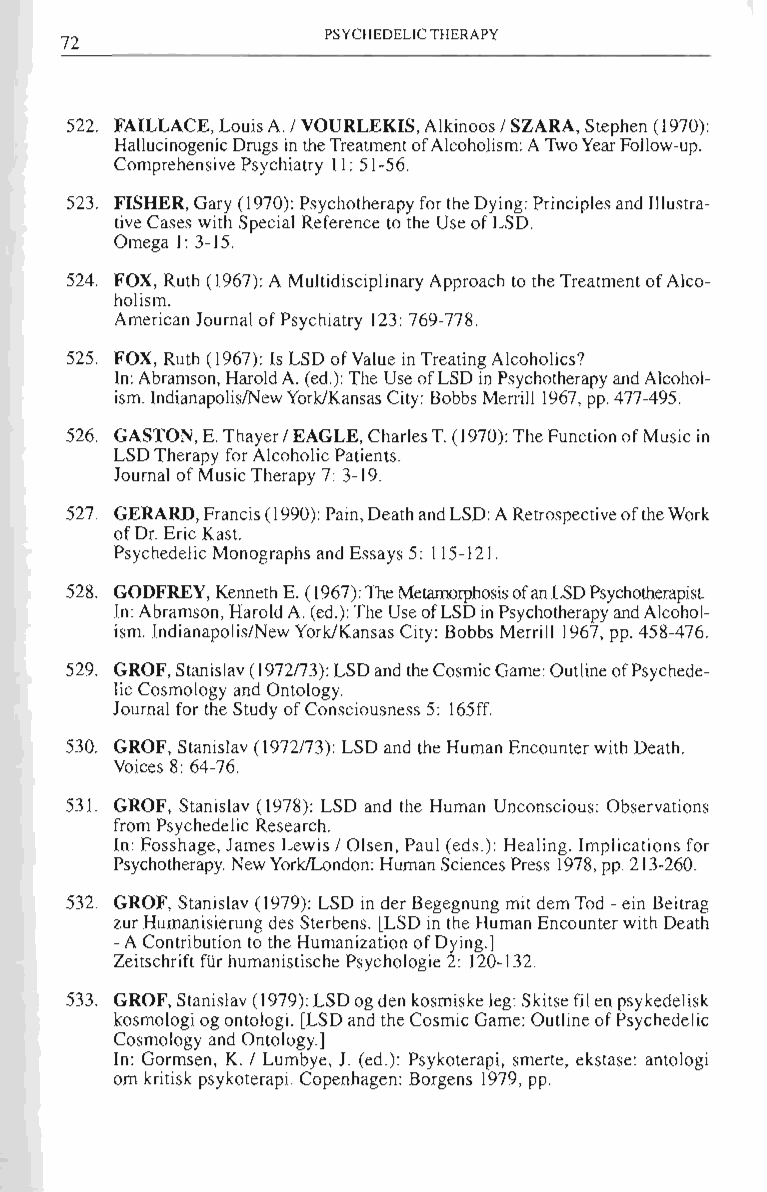
PSYCHEDELIC THERAPY
 72
 522. FAILLACE. Louis A. I VOURLEKIS. Alkinoos I SZARA, Stephen (1970):
 Hallucinogenic Drugs in the Treatment of Alcoholism: A Two Year Follow-up.
 Comprehensive Psychiatry 11: 51-56.
 523. FISHER, Gary (1970): Psychotherapy for the Dying: Principles and Illustra­
 tive Cases with Special Reference to the Use of LSD.
 Omega I: 3-15.
 524. FOX, Ruth (1967): A Multidisciplinary Approach to the Treatment of Alco­
 holism.
 American Journal of Psychiatry 123: 769-778.
 525. FOX, Ruth (1967): Is LSD of Value in Treating Alcoholics?
 In: Abramson, Harold A. (ed.): The Use of LSD in Psychotherapy and Alcohol­
 ism. IndianapolislNew York/Kansas City: Bobbs Merrill 1967, pp. 477 -495.
 526. GASTON. E. Thayer I EAGLE. Charles T. (1970): The Function of Music in
 LSD Therapy for Alcoholic Patients.
 Journal of Music Therapy 7: 3-19.
 527. GERARD, Francis (1990): Pain. Death and LSD: A Retrospective of the Work
 of Dr. Eric Kast.
 Psychedelic Monographs and Essays 5: 115-121.
 528. GODFREY. Kenneth E. (1967): The Metamorphosis of an LSD Psychotherapist
 In: Abramson. Harold A. (ed.): The Use ofLSD in Psychotherapy and Alcohol­
 ism. Indianapolis/New York/Kansas City: Bobbs Merrill 1967. pp. 458-476.
 529. GROF. Stanislav (1972173): LSD and the Cosmic Game: Outline of Psychede­
 lic Cosmology and Ontology.
 Journal for the Study of Consciousness 5: 165ff.
 530. GROF. Stanislav (1972173): LSD and the Human Encounter with Death.
 Voices 8: 64-76.
 531. GROF. Stanislav (1978): LSD and the Human Unconscious: Observations
 from Psychedelic Research.
 In: Fosshage, lames Lewis I Olsen. Paul (eds.): Healing. Implications for
 Psychotherapy. New YorklLondon: Human Sciences Press 1978, pp. 213-260.
 532. GROF. Stanislav (1979): LSD in der Begegnung mit dem Tod -ein Beitrag
 zur Humanisierung des Sterbens. [LSD in the Human Encounter with Death
 -A Contribution to the Humanization of Dying.]
 Zeitschrift fUr humanistische Psychologie 2: 120-\32.
 533. GROF. Stanislav (1979): LSD og den kosmiske leg: Skitse fit en psykedeJisk
 kosmologi og ontologi. [LSD and the Cosmic Game: Outline of Psychedelic
 Cosmology and Ontology.]
 In: Gormsen. K. I Lumbye. J. (ed .): Psykoterapi, smerte, ekstase: antologi
 om kritisk psykoterapi. Copenhagen: Borgens 1979. pp.